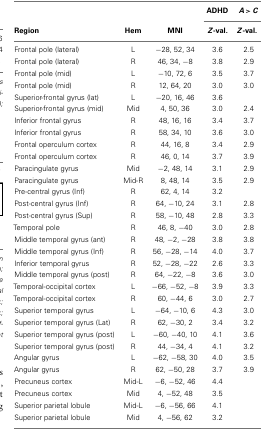
<table><thead><tr><td></td><td></td><td></td><td><b>ADHD</b></td><td><b><i>A</i> &gt; <i>C</i></b></td></tr><tr><td><b>Region</b></td><td><b>Hem</b></td><td><b>MNI</b></td><td><b><i>Z</i>-val.</b></td><td><b><i>Z</i>-val.</b></td></tr></thead><tbody><tr><td>Frontal pole (lateral)</td><td>L</td><td>−28, 52, 34</td><td>3.6</td><td>2.5</td></tr><tr><td>Frontal pole (lateral)</td><td>R</td><td>46, 34, −8</td><td>3.8</td><td>2.9</td></tr><tr><td>Frontal pole (mid)</td><td>L</td><td>−10, 72, 6</td><td>3.5</td><td>3.7</td></tr><tr><td>Frontal pole (mid)</td><td>R</td><td>12, 64, 20</td><td>3.0</td><td>3.0</td></tr><tr><td>Superior-frontal gyrus (lat)</td><td>L</td><td>−20, 16, 46</td><td>3.6</td></tr><tr><td>Superior-frontal gyrus (mid)</td><td>Mid</td><td>4, 50, 36</td><td>3.0</td><td>2.4</td></tr><tr><td>Inferior frontal gyrus</td><td>R</td><td>48, 16, 16</td><td>3.4</td><td>3.7</td></tr><tr><td>Inferior frontal gyrus</td><td>R</td><td>58, 34, 10</td><td>3.6</td><td>3.0</td></tr><tr><td>Frontal operculum cortex</td><td>R</td><td>44, 16, 8</td><td>3.4</td><td>2.9</td></tr><tr><td>Frontal operculum cortex</td><td>R</td><td>46, 0, 14</td><td>3.7</td><td>3.9</td></tr><tr><td>Paracingulate gyrus</td><td>Mid</td><td>−2, 48, 14</td><td>3.1</td><td>2.9</td></tr><tr><td>Paracingulate gyrus</td><td>Mid-R</td><td>8, 48, 14</td><td>3.5</td><td>2.9</td></tr><tr><td>Pre-central gyrus (Inf)</td><td>R</td><td>62, 4, 14</td><td>3.2</td><td></td></tr><tr><td>Post-central gyrus (Inf)</td><td>R</td><td>64, −10, 24</td><td>3.1</td><td>2.8</td></tr><tr><td>Post-central gyrus (Sup)</td><td>R</td><td>58, −10, 48</td><td>2.8</td><td>3.3</td></tr><tr><td>Temporal pole</td><td>R</td><td>46, 8, −40</td><td>3.0</td><td>2.8</td></tr><tr><td>Middle temporal gyrus (ant)</td><td>R</td><td>48, −2, −28</td><td>3.8</td><td>3.8</td></tr><tr><td>Middle temporal gyrus (Inf)</td><td>R</td><td>56, −28, −14</td><td>4.0</td><td>3.7</td></tr><tr><td>Inferior temporal gyrus</td><td>R</td><td>52, −28, −22</td><td>2.6</td><td>3.3</td></tr><tr><td>Middle temporal gyrus (post)</td><td>R</td><td>64, −22, −8</td><td>3.6</td><td>3.0</td></tr><tr><td>Temporal-occipital cortex</td><td>L</td><td>−66, −52, −8</td><td>3.9</td><td>3.3</td></tr><tr><td>Temporal-occipital cortex</td><td>R</td><td>60, −44, 6</td><td>3.0</td><td>2.7</td></tr><tr><td>Superior temporal gyrus</td><td>L</td><td>−64, −10, 6</td><td>4.3</td><td>3.0</td></tr><tr><td>Superior temporal gyrus (Lat)</td><td>R</td><td>62, −30, 2</td><td>3.4</td><td>3.2</td></tr><tr><td>Superior temporal gyrus (post)</td><td>L</td><td>−60, −40, 10</td><td>4.1</td><td>3.6</td></tr><tr><td>Superior temporal gyrus (post)</td><td>R</td><td>44, −34, 4</td><td>4.1</td><td>3.2</td></tr><tr><td>Angular gyrus</td><td>L</td><td>−62, −58, 30</td><td>4.0</td><td>3.5</td></tr><tr><td>Angular gyrus</td><td>R</td><td>62, −50, 28</td><td>3.7</td><td>3.9</td></tr><tr><td>Precuneus cortex</td><td>Mid-L</td><td>−6, −52, 46</td><td>4.4</td><td></td></tr><tr><td>Precuneus cortex</td><td>Mid</td><td>4, −52, 48</td><td>3.5</td><td></td></tr><tr><td>Superior parietal lobule</td><td>Mid-L</td><td>−6, −56, 66</td><td>4.1</td><td></td></tr><tr><td>Superior parietal lobule</td><td>Mid</td><td>4, −56, 62</td><td>3.2</td><td></td></tr></tbody></table>